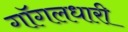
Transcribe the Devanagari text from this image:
गॉगलधारी